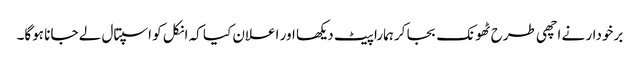
برخودار نے اچھی طرح ٹھونک بجا کر ہمارا پیٹ دیکھا اور اعلان کیا کہ انکل کو اسپتال لے جانا ہوگا۔